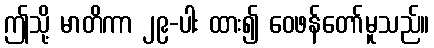
ဤသို့ မာတိကာ ၂၉-ပါး ထား၍ ဝေဖန်တော်မူသည်။